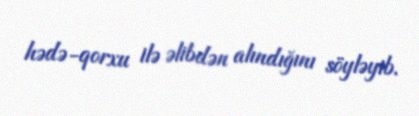
hədə-qorxu ilə əlibdən alındığını söyləyib.